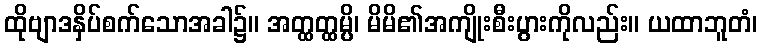
ထိုဗျာဒနှိပ်စက်သောအခါ၌။ အတ္ထတ္ထမ္ပိ၊ မိမိ၏အကျိုးစီးပွားကိုလည်း။ ယထာဘူတံ၊